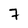
Character: 7